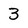
Character: 3